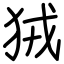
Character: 狨